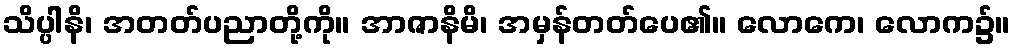
သိပ္ပါနိ၊ အတတ်ပညာတို့ကို။ အာဇာနိမိ၊ အမှန်တတ်ပေ၏။ လောကေ၊ လောက၌။